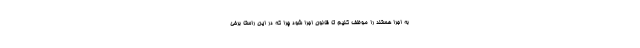
به اجرا هستند را موظف کنیم تا قانون اجرا شود چرا که در این راستا برخی